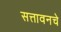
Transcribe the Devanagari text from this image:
सत्तावनचे